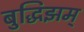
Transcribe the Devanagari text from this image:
बुद्धिझम्